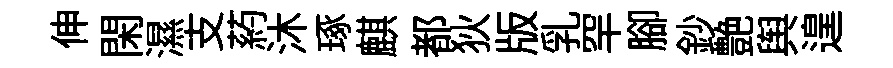
伸閑濕支葯沐琢麒都狄版乳罕腳鈔艶舆遑